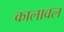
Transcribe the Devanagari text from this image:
कालावल